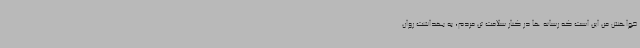
خواهش من این است که رسانه ها در کنار سلامت تن مردم، به بهداشت روان